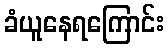
ခံယူနေရကြောင်း